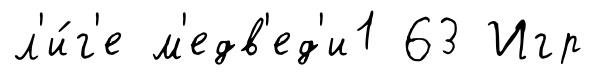
л'и́г'е м'едв'ед'и1 63 Игр